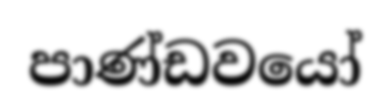
පාණ්ඩවයෝ